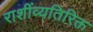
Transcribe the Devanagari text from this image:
राशींव्यतिरिक्त